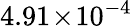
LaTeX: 4.91\! \times\! 10^{-4}